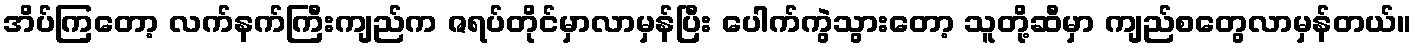
အိပ်ကြတော့ လက်နက်ကြီးကျည်က ဇရပ်တိုင်မှာလာမှန်ပြီး ပေါက်ကွဲသွားတော့ သူတို့ဆီမှာ ကျည်စတွေလာမှန်တယ်။